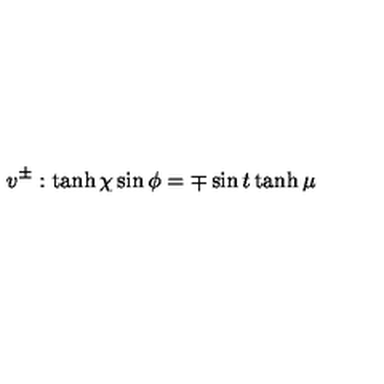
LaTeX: v ^ { \pm } : \tanh \chi \sin \phi = \mp \sin t \tanh \mu